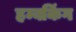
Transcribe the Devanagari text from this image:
हम्बकिंग